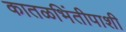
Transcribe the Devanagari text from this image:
कातळभिंतीपाशी